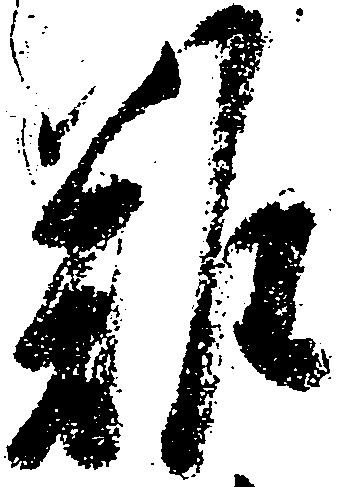
難